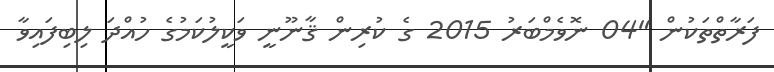
ފަރާތްތަކުން "04 ނޮވެމްބަރު 2015 ގެ ކުރިން ޤާނޫނީ ވަކީލުކަމުގެ ހުއްދަ ލިބިފައިވާ